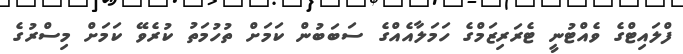
ފްލައިޓްގެ ވެއްޓުނީ ޓެރަރިޒަމްގެ ހަމަލާއެއްގެ ސަބަބުން ކަމަށް ތުހުމަތު ކުރެވޭ ކަމަށް މިސްރުގެ